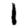
Digit: 1